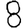
Digit: 8